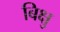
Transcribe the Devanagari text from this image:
बिक्षु